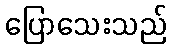
ပြောသေးသည်